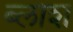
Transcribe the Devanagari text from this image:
ब्लाश